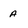
Character: a